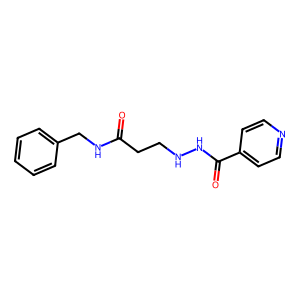
SMILES: O=C(CCNNC(=O)c1ccncc1)NCc1ccccc1
Inhibits HIV replication: No